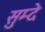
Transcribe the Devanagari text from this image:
सुम्दे